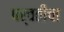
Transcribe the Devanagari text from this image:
पर्वतीचा